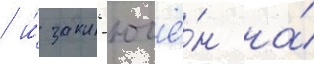
/ и́ закл'ючё́н на́